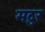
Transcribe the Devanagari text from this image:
मटुर